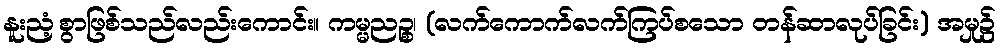
နူးညံ့စွာဖြစ်သည်လည်းကောင်း။ ကမ္မညဉ္စ၊ (လက်ကောက်လက်ကြပ်စသော တန်ဆာလုပ်ခြင်း) အမှု၌